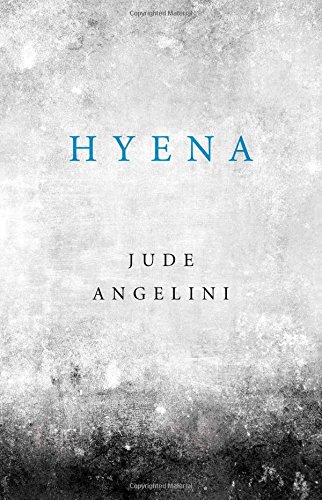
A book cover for Hyena; Jude Angelini; Humor & Entertainment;